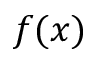
f ( x )